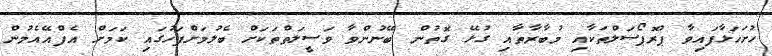
ހުށަހަޅާފައިވާ ޕުރޮޕޯސަލްތަކާއި މުބާރާތާއި ގުޅޭ ގޮތުން ބޭނުންވާ ވަސީލަތްތަކަށް ބެލުމަށްފަހުގައި ކަމަށް އެފްއޭއެމުން